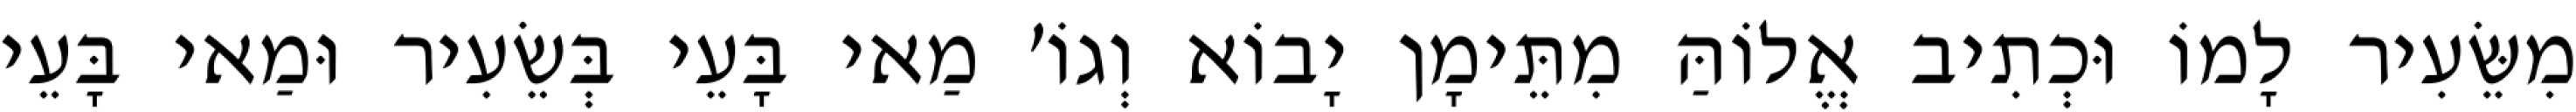
מִשֵּׂעִיר לָמוֹ וּכְתִיב אֱלוֹהַּ מִתֵּימָן יָבוֹא וְגוֹ׳ מַאי בָּעֵי בְּשֵׂעִיר וּמַאי בָּעֵי